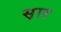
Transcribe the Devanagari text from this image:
स़ार